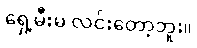
ရှေ့မီးမ လင်းတော့ဘူး။